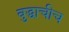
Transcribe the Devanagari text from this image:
बुद्धाचीच